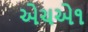
એચએ૧